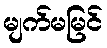
မျက်မမြင်